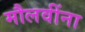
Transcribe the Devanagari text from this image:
मौलवींना